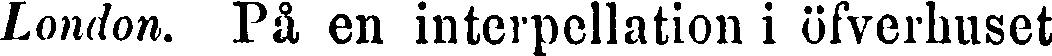
London. På en interpellation i öfverhuset